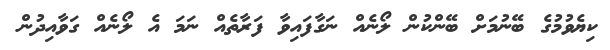
ކިޔެވުމުގެ ބޭނުމަށް ބޭންކުން ލޯނެއް ނަގާފައިވާ ފަރާތެއް ނަމަ އެ ލޯނެއް ގަވާއިދުން